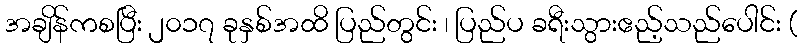
အချိန်ကစပြီး ၂၀၁၇ ခုနှစ်အထိ ပြည်တွင်း ၊ ပြည်ပ ခရီးသွားဧည့်သည်ပေါင်း (